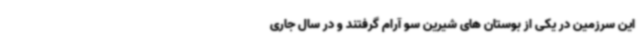
این سرزمین در یکی از بوستان های شیرین سو آرام گرفتند و در سال جاری